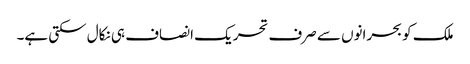
ملک کو بحرانوں سے صرف تحریک انصاف ہی نکال سکتی ہے۔